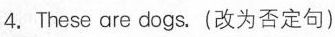
4.These are dogs.(改为否定句)